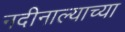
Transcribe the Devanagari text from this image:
नदीनाल्याच्या